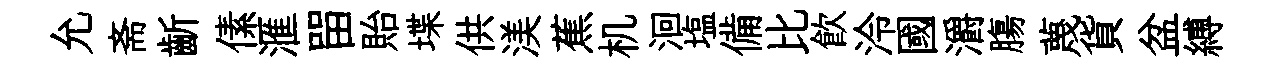
允斋齗傃滙㽞貽堞供渼蕉机洄塩備比飲泠國灂膓蔑貨盆縛